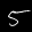
Label: 5